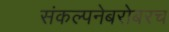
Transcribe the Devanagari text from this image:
संकल्पनेबरोबरच